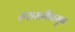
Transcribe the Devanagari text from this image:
सरासरीपासून